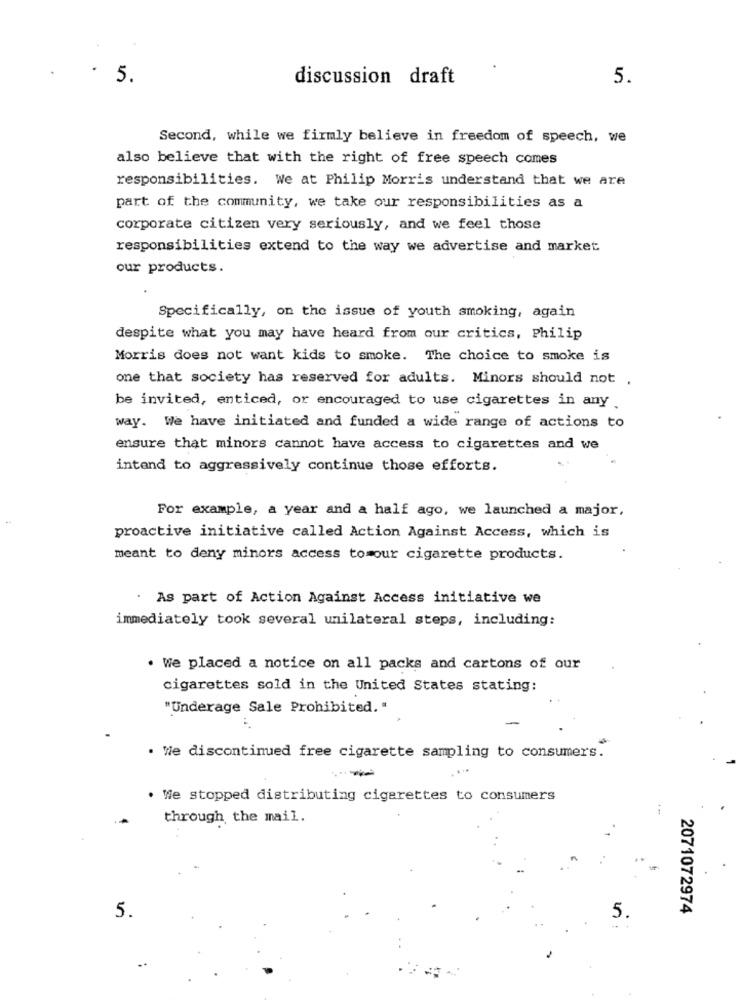
5.
discussion draft
5
Second, while we firmly believe in freedom of speech, we
also believe that with the right of free speech comes
responsibilities. We at Philip Morris understand that we are
part of the community, we take our responsibilities as a
corporate citizen very seriously, and we feel those
responsibilities extend to the way we advertise and market
our products.
Specifically, on the issue of youth smoking, again
despite what you may have heard from our critics, Philip
Morris does not want kids to smoke. The choice to smoke is
one that society has reserved for adults. Minors should not
be invited, enticed, or encouraged to use cigarettes in any .
way. We have initiated and funded a wide range of actions to
ensure that minors cannot have access to cigarettes and we
intend to aggressively continue those efforts.
For example, a year and a half ago, we launched a major,
proactive initiative called Action Against Access, which is
meant to deny minors access to our cigarette products.
As part of Action Against Access initiative we
immediately took several unilateral steps, including:
. We placed a notice on all packs and cartons of our
cigarettes sold in the United States stating:
"Underage Sale Prohibited."
-
. We discontinued free cigarette sampling to consumers.
We stopped distributing cigarettes to consumers
through the mail.
2071072974
5.
5